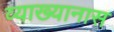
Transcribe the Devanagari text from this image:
व्याख्यानास